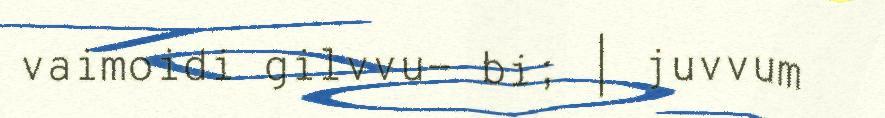
vaimoidi gilvvu- bi; | juvvum